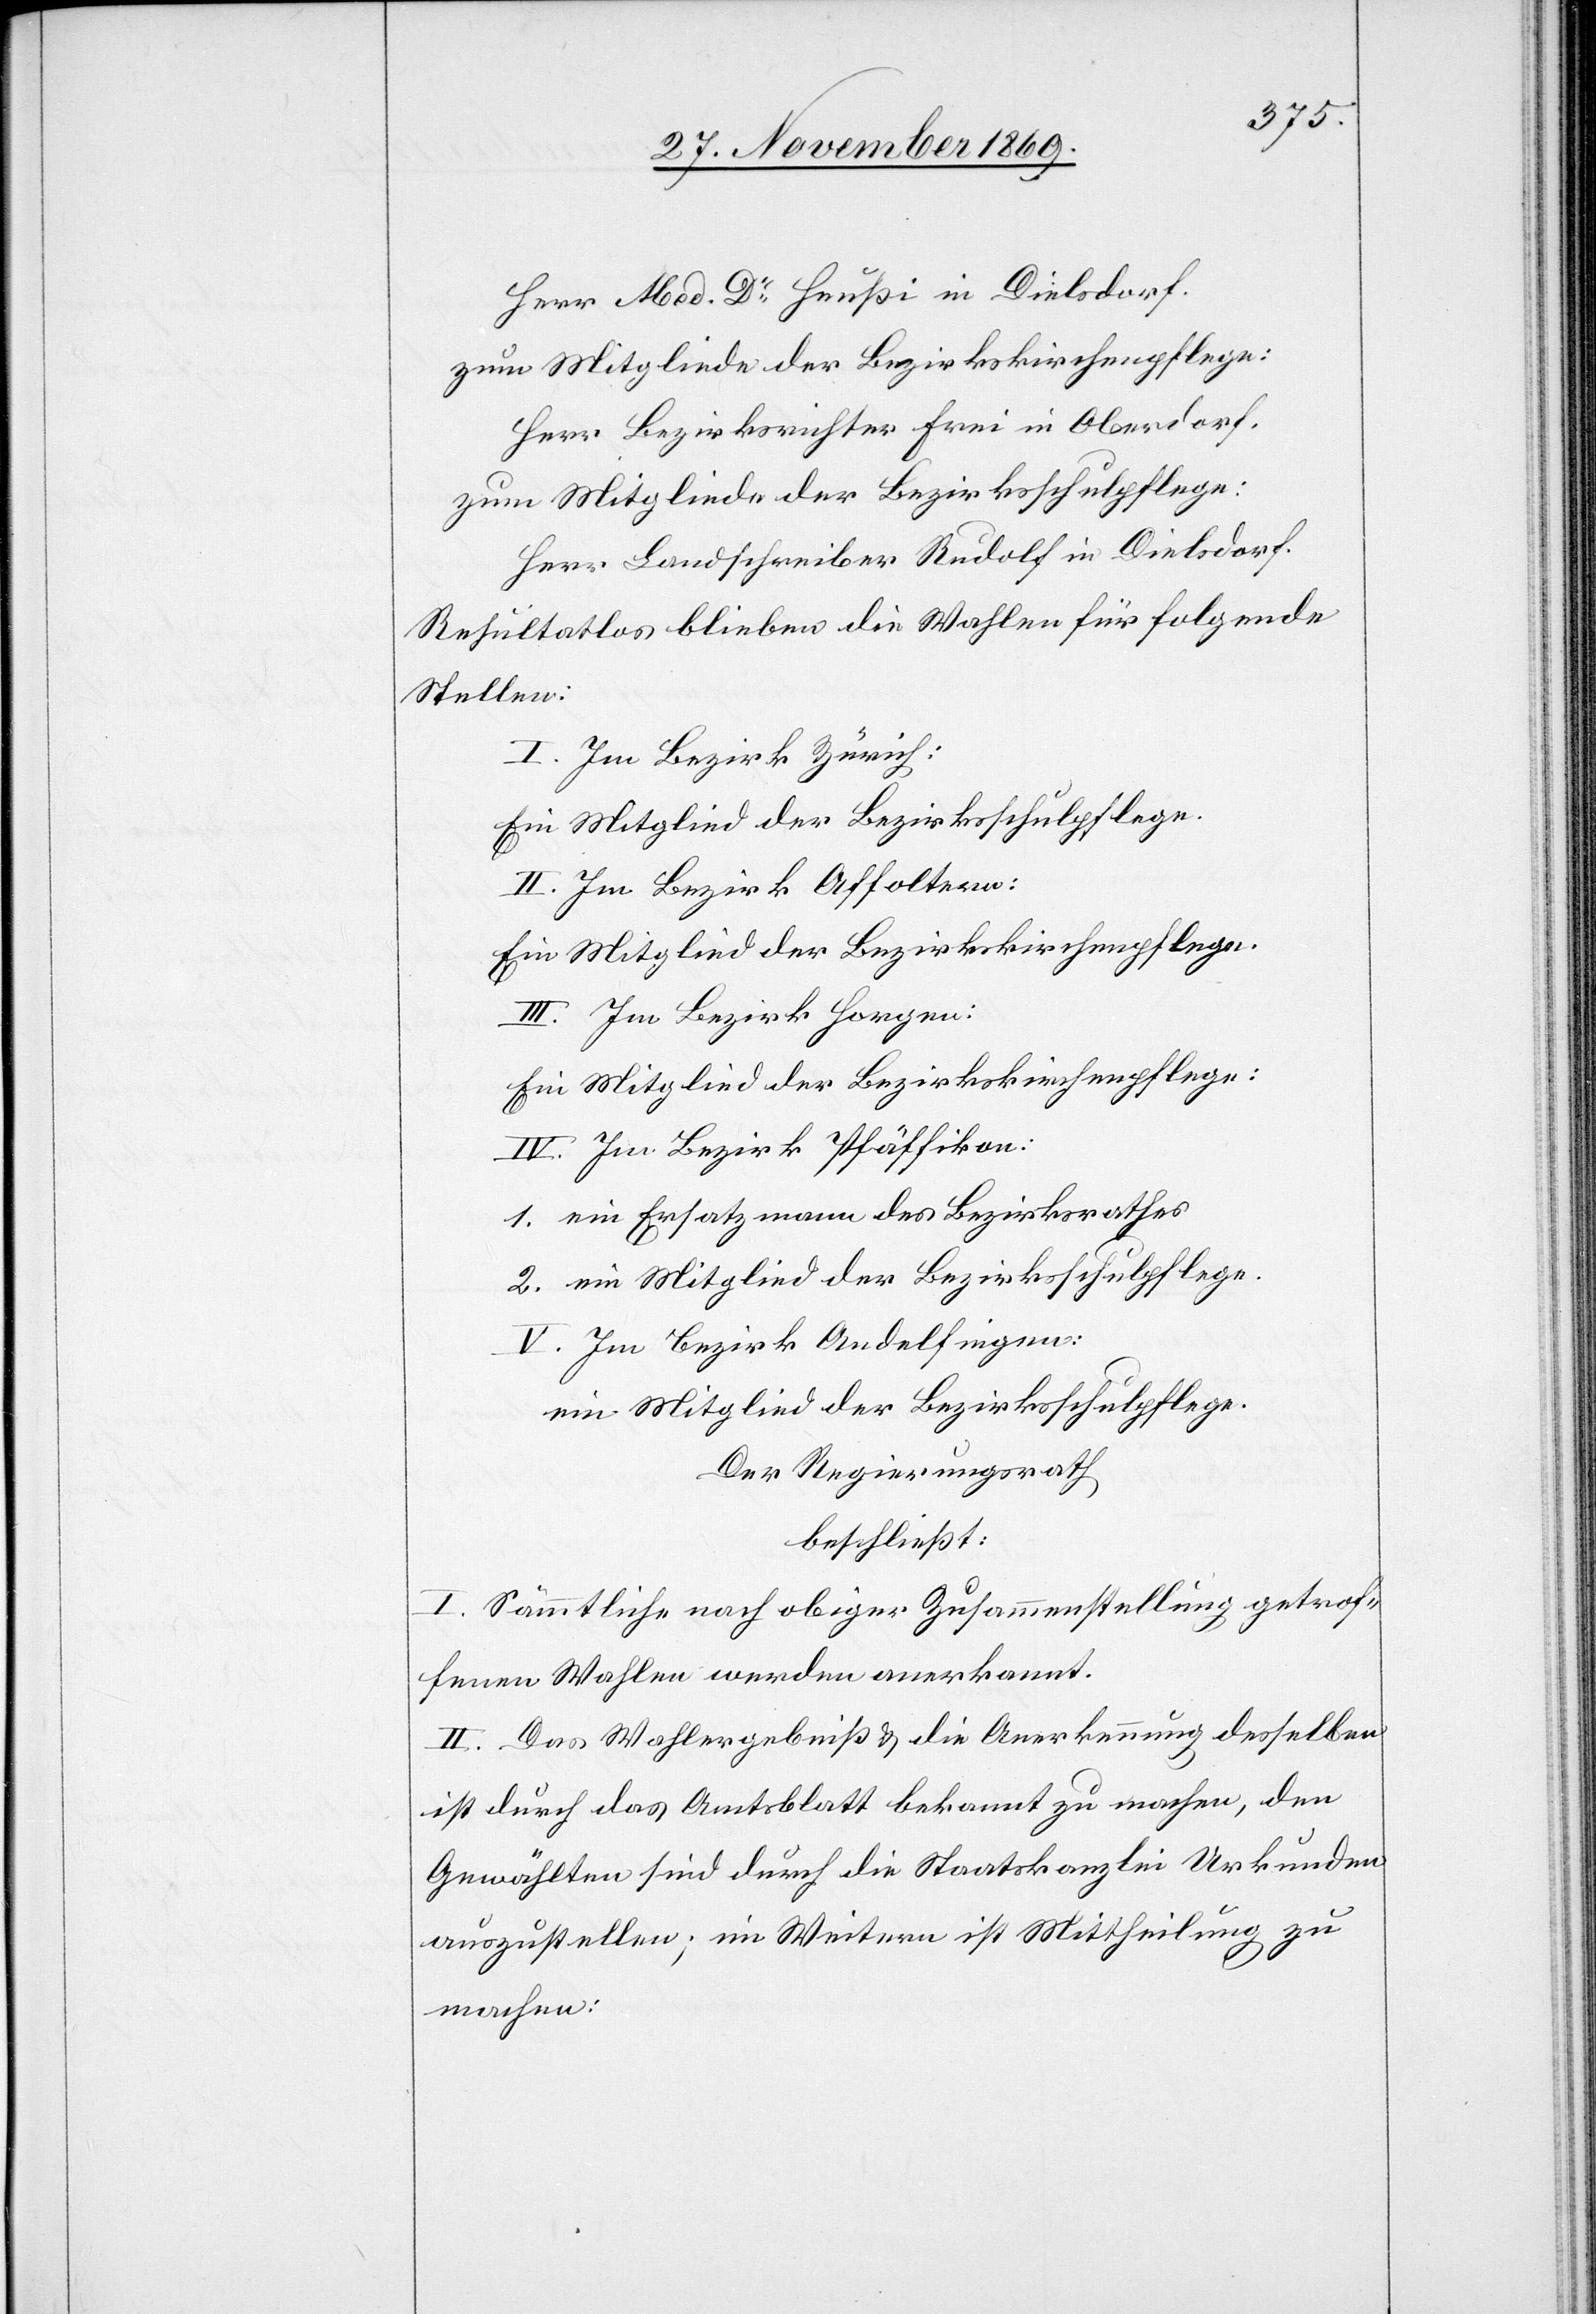
Herr Med. Dr Heußi in Dielsdorf.
zum Mitgliede der Bezirkskirchenpflege:
Herr Bezirksrichter Frei in Oberdorf.
zum Mitgliede der Bezirksschulpflege:
Herr Landschreiber Rudolf in Dielsdorf.
Resultatlos blieben die Wahlen für folgende
Stellen:
I. Im Bezirk Zürich:
Ein Mitglied der Bezirksschulpflege.
II. Im Bezirk Affoltern:
Ein Mitglied der Bezirkskirchenpflege.
III. Im Bezirk Horgen:
Ein Mitglied der Bezirkskirchenpflege:
IV. Im Bezirk Pfäffikon:
1. ein Ersatzmann des Bezirksrathes
2. ein Mitglied der Bezirksschulpflege.
V. Im Bezirk Andelfingen:
ein Mitglied der Bezirksschulpflege.
Der Regierungsrath
beschließt:
I. Sämmtliche nach obiger Zusammenstellung getrof¬
fenen Wahlen werden anerkannt.
II. Das Wahlergebniß & die Anerkennung desselben
ist durch das Amtsblatt bekannt zu machen, den
Gewählten sind durch die Staatskanzlei Urkunden
auszustellen; im Weitern ist Mittheilung zu
machen: